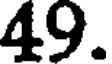
49.